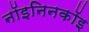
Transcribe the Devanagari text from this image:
नॉइनिनकॉइ